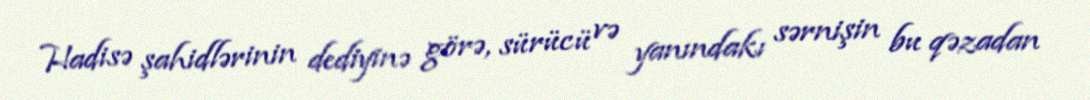
Hadisə şahidlərinin dediyinə görə, sürücü və yanındakı sərnişin bu qəzadan